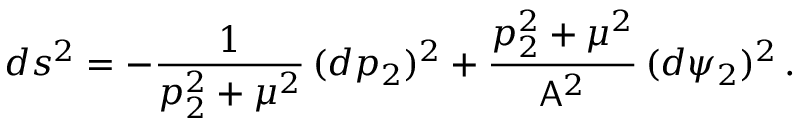
d s ^ { 2 } = - \frac { 1 } { p _ { 2 } ^ { 2 } + \mu ^ { 2 } } \, ( d p _ { 2 } ) ^ { 2 } + \frac { p _ { 2 } ^ { 2 } + \mu ^ { 2 } } { \mathsf { A } ^ { 2 } } \, ( d \psi _ { 2 } ) ^ { 2 } \, .